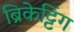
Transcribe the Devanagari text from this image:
ब्रिकेट्टिंग